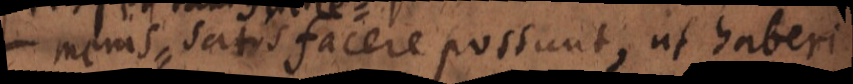
menis satisfacere possunt, ut haberi